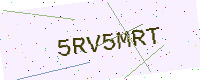
Text: 5RV5MRT